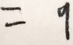
= 9